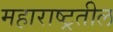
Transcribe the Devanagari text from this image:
महाराष्ट्रतील